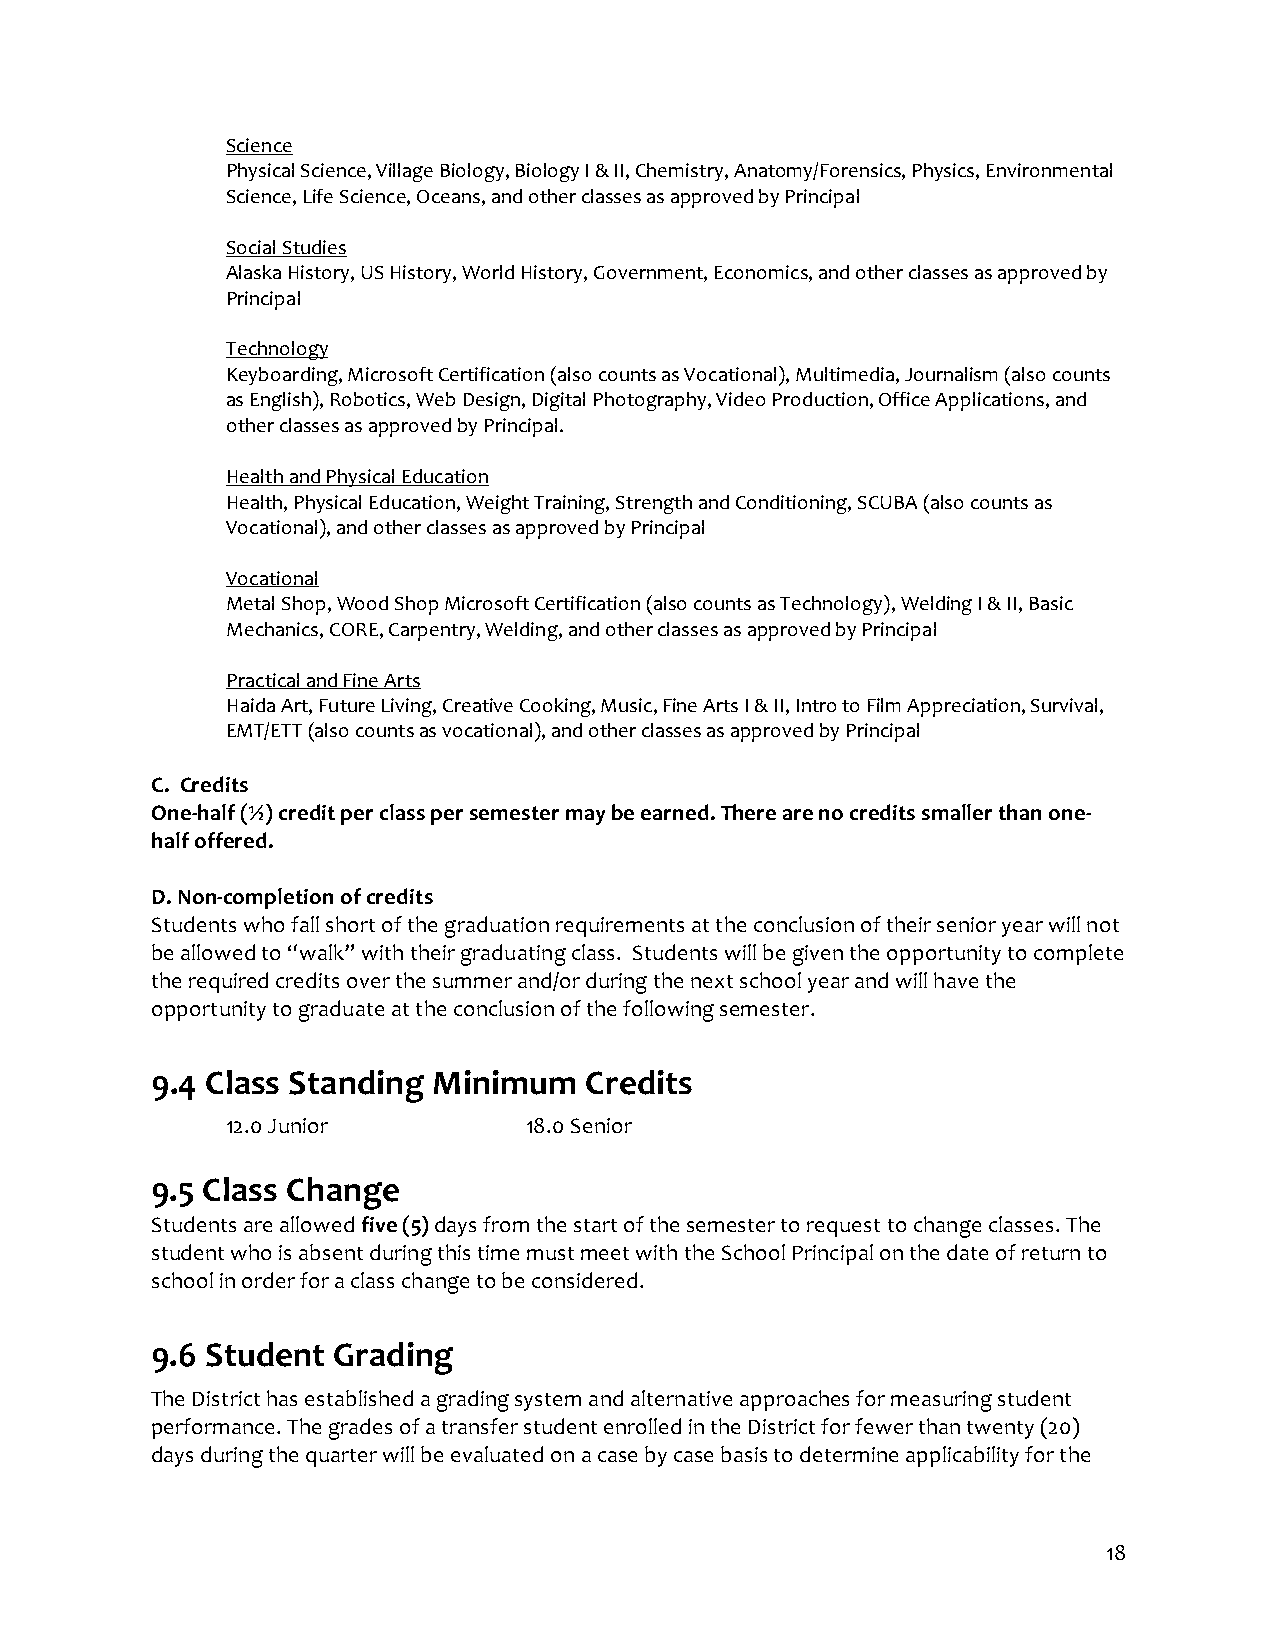
Science
 Physical Science, Village Biology, Biology I & II, Chemistry, Anatomy/Forensics, Physics, Environmental
 Science, Life Science, Oceans, and other classes as approved by Principal
 Social Studies
 Alaska History, US History, World History, Government, Economics, and other classes as approved by
 Principal
 Technology
 Keyboarding, Microsoft Certification (also counts as Vocational), Multimedia, Journalism (also counts
 as English), Robotics, Web Design, Digital Photography, Video Production, Office Applications, and
 other classes as approved by Principal.
 Health and Physical Education
 Health, Physical Education, Weight Training, Strength and Conditioning, SCUBA (also counts as
 Vocational), and other classes as approved by Principal
 Vocational
 Metal Shop, Wood Shop Microsoft Certification (also counts as Technology), Welding I & II, Basic
 Mechanics, CORE, Carpentry, Welding, and other classes as approved by Principal
 Practical and Fine Arts
 Haida Art, Future Living, Creative Cooking, Music, Fine Arts I & II, Intro to Film Appreciation, Survival,
 EMT/ETT (also counts as vocational), and other classes as approved by Principal
 C. Credits
 One-half (½) credit per class per semester may be earned. There are no credits smaller than one-
 half offered.
 D. Non-completion of credits
 Students who fall short of the graduation requirements at the conclusion of their senior year will not
 be allowed to “walk” with their graduating class. Students will be given the opportunity to complete
 the required credits over the summer and/or during the next school year and will have the
 opportunity to graduate at the conclusion of the following semester.
 9.4 Class Standing Minimum   Credits
 12.0 Junior         18.0 Senior
 9.5 Class Change
 Students are allowed five (5) days from the start of the semester to request to change classes. The
 student who is absent during this time must meet with the School Principal on the date of return to
 school in order for a class change to be considered.
 9.6 Student Grading
 The District has established a grading system and alternative approaches for measuring student
 performance. The grades of a transfer student enrolled in the District for fewer than twenty (20)
 days during the quarter will be evaluated on a case by case basis to determine applicability for the
 18